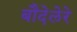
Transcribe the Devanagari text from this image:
बौदेलेरे